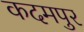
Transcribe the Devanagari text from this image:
कदमपुर